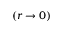
( r \rightarrow 0 )